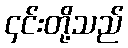
၄င်းတို့သည်